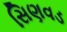
સિણવડ